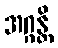
အဂ္ဂန္တိ